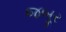
જબૂર